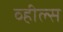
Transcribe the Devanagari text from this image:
व्‍हील्‍स